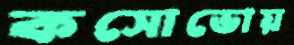
কসোভোয়